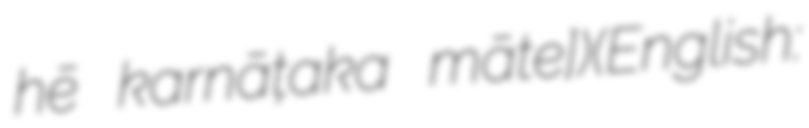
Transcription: hē karnāṭaka māte])(English: